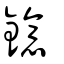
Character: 鐿